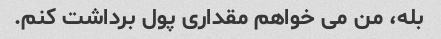
بله، من می خواهم مقداری پول برداشت کنم.